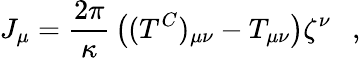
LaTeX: J_{\mu}={\frac{2\pi}{\kappa}}\left((T^{C})_{\mu\nu}-T_{\mu\nu}\right)\zeta^{\nu}~~~,